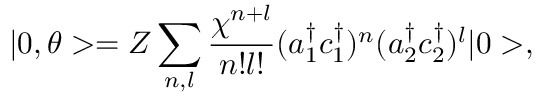
| 0 , \theta > = { \cal Z } \sum _ { n , l } \frac { \chi ^ { n + l } } { n ! l ! } ( a _ { 1 } ^ { \dagger } c _ { 1 } ^ { \dagger } ) ^ { n } ( a _ { 2 } ^ { \dagger } c _ { 2 } ^ { \dagger } ) ^ { l } | 0 > ,